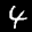
Label: 4